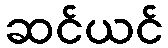
ဆင်ယင်